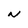
Character: N